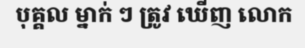
បុគ្គល ម្នាក់ ៗ ត្រូវ ឃើញ លោក